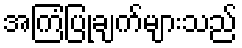
အကြံပြုချက်များသည်